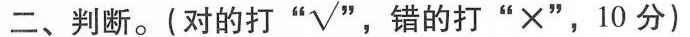
二、判断。(对的打 “√”，错的打”×”，10分)